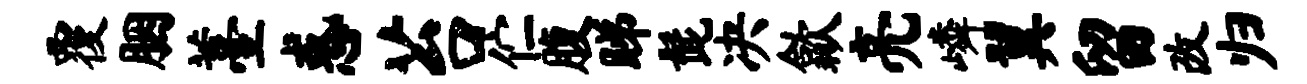
覆胭薹惑苔伫腹睇髭决歙亮嶙翼留改归